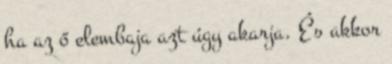
ha az ő elembaja azt úgy akarja. És akkor